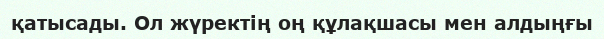
қатысады. Ол жүректің оң құлақшасы мен алдыңғы